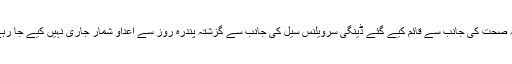
محکمہ صحت کی جانب سے قائم کیے گئے ڈینگی سرویلنس سیل کی جانب سے گزشتہ پندرہ روز سے اعداو شمار جاری نہیں کیے جا رہے ہیں۔